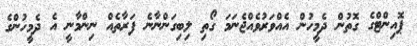
ޕޮއިންޓްގެ ގޮތުން ދެމީހުން އެއްވަރުވެއްޖެނަމަ ގޯތި ލިބިގަންނާނެ ފަރާތެއް ނިންމާނީ އެ ދެމީހުންގެ